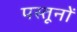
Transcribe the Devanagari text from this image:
पस्तूनों